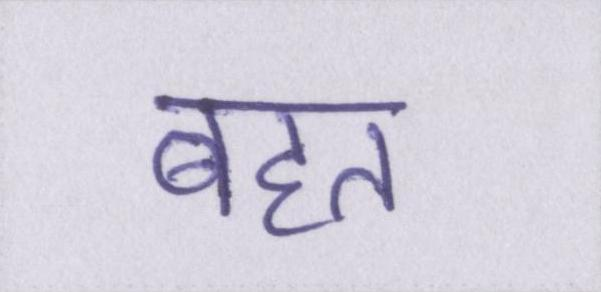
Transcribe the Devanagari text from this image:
बहत